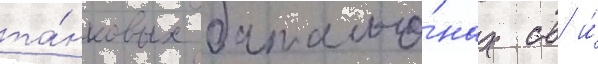
та́нковых батальо́нах св и́